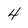
Character: 4